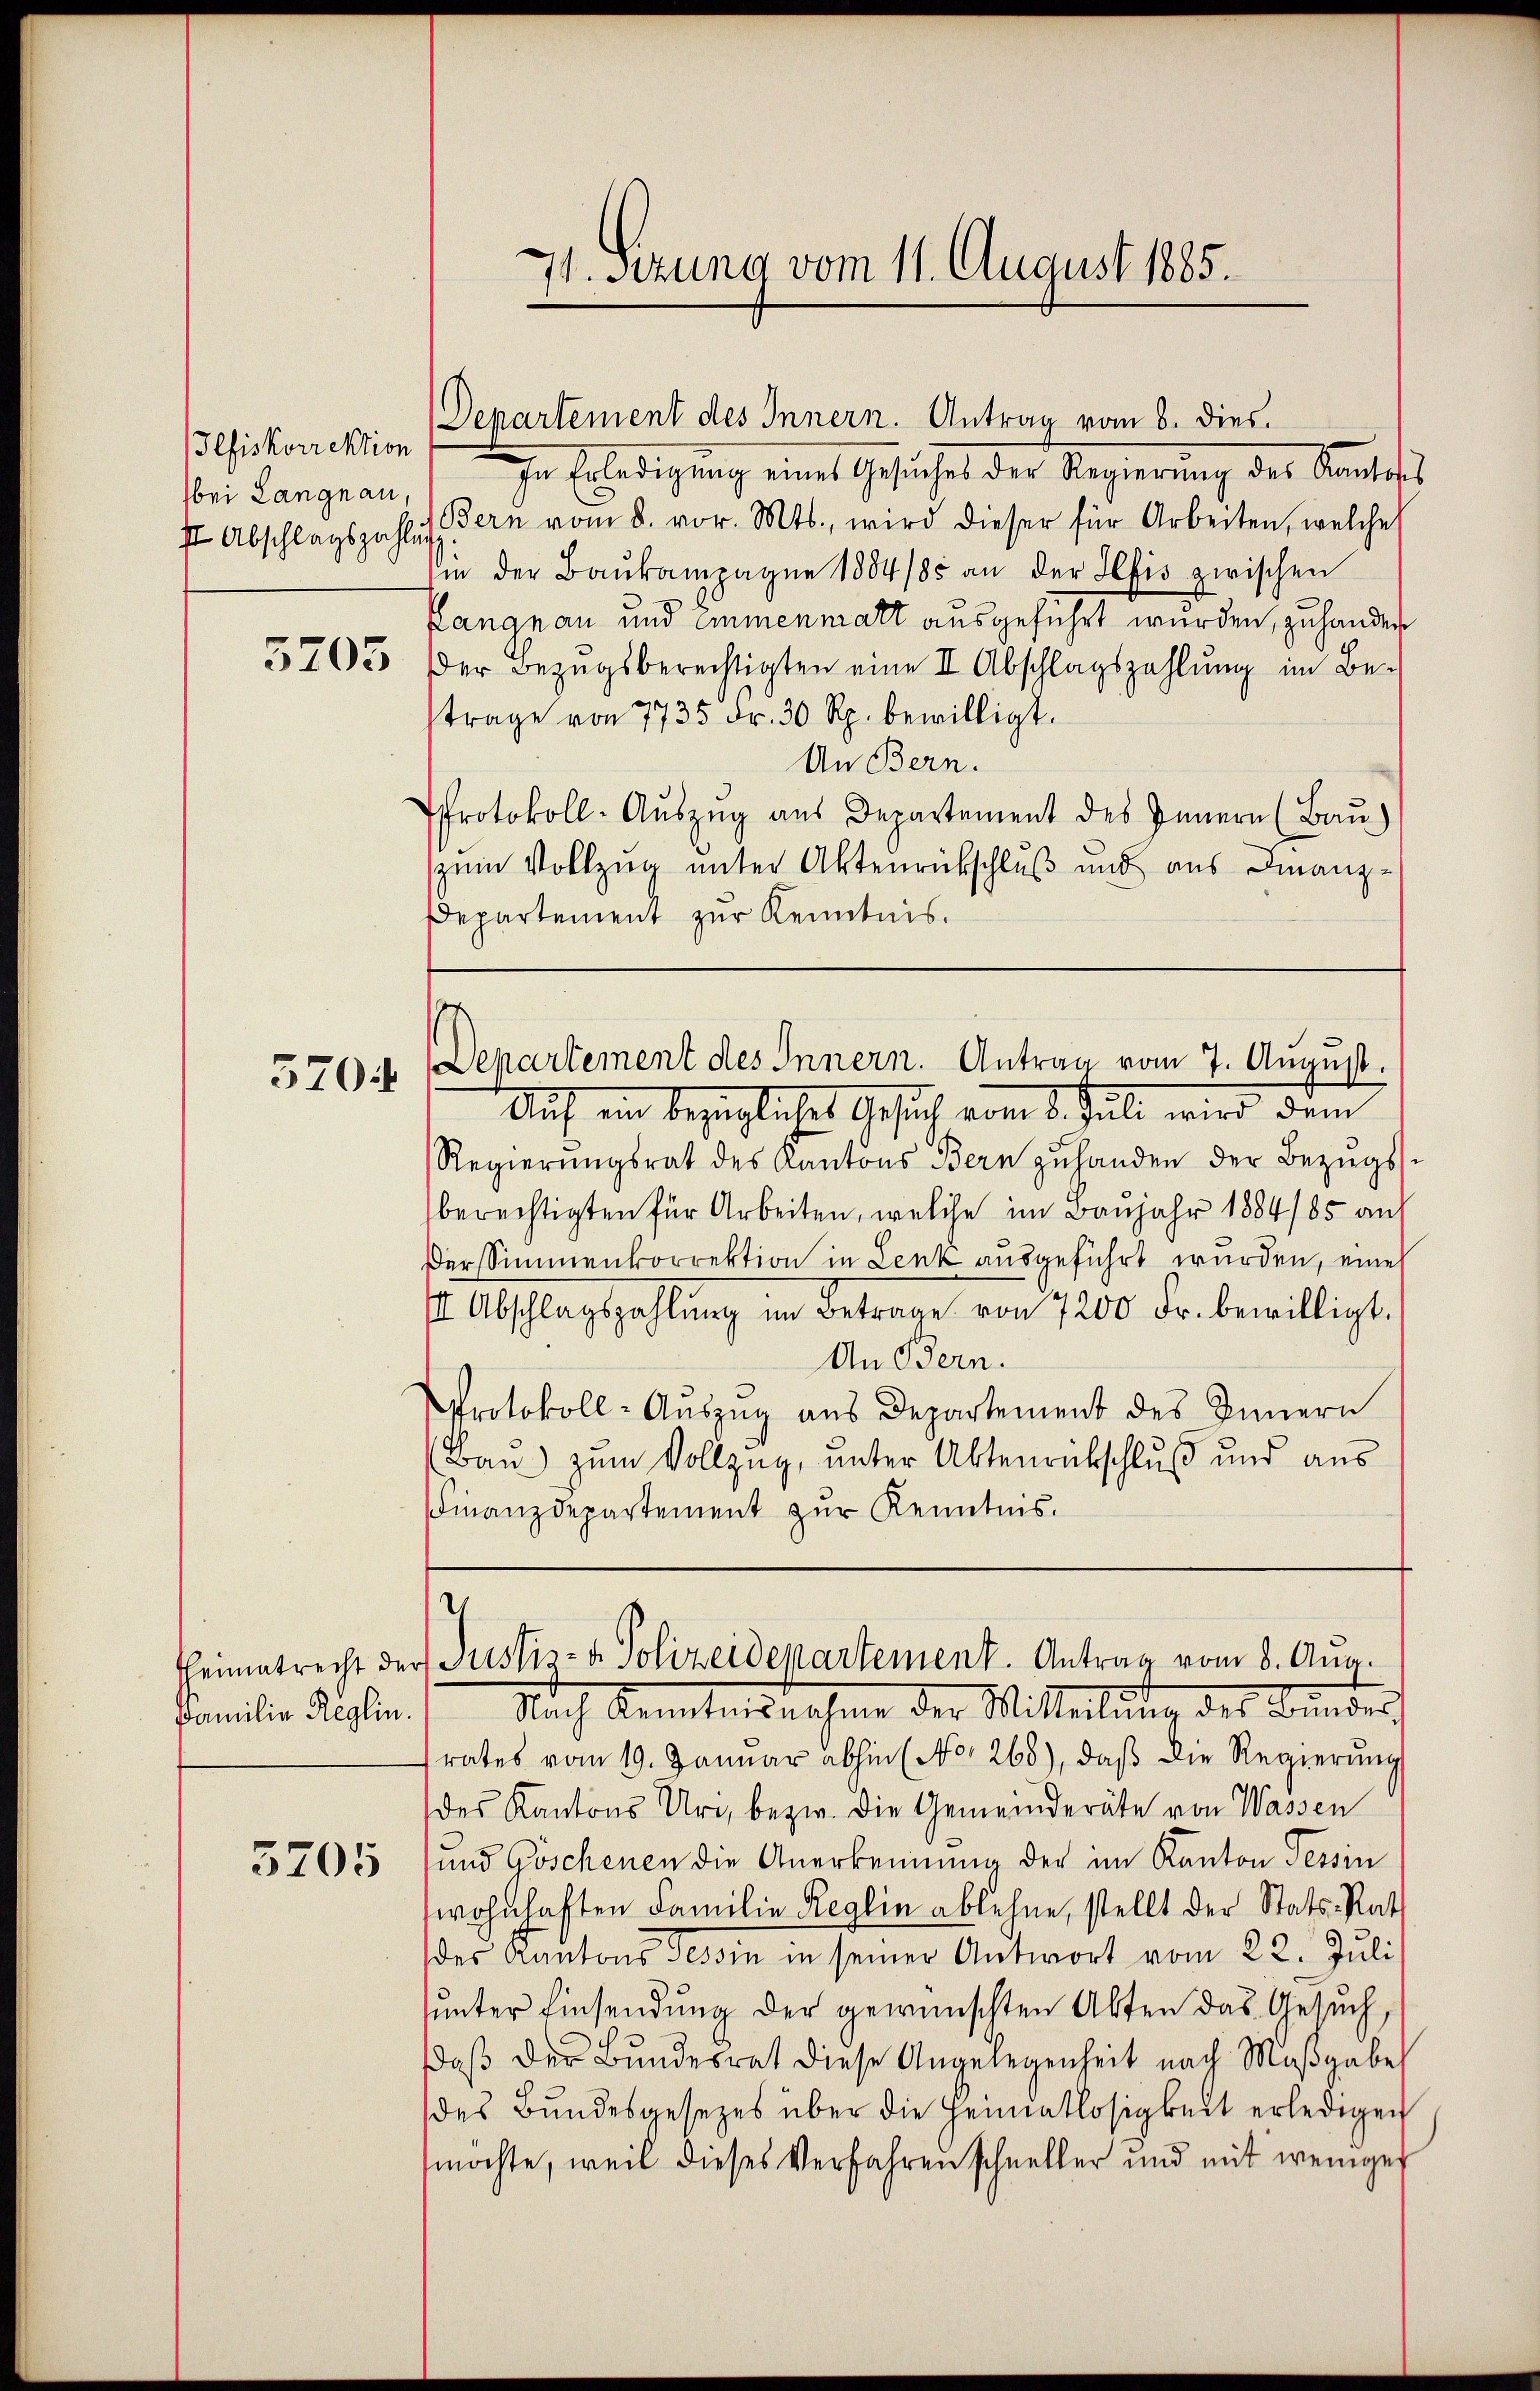
Ilfiskorrektion
bei Langnau,

5705

5704

Heimatrecht der
Familie Reglin.

5705

71. Sizung vom 11. August 1885.

Departement des Innern. Antrag vom 8. dies
In Erledigung eines Gesuches der Regierung des Kanton
st Abschlagszahlen Bern vom 8. vor. Mts., wird dieser für Arbeiten, welches
in der Baŭkampagne 1884/85 an der Iltis zwischen
Langnau und Emmenmatt ausgeführt wurden, zu hander
er Bezugsberechtigten eine II Abschlagszahlung im Betrage von 7735 Fr. 30 Rp. bewilligt.
An Bern.
Protokoll-Aŭszŭg aŭs Departement des Innern (Bau)
zum Vollzug unter Aktenrückschluß und aus Finanz¬
Departement zur Kenntnis.
1
Departement des Innern. Antrag vom 7. August.
Auf ein bezügliches Gesuch vom 8. Juli wird dem
Regierŭngsrat des Kantons Bern zŭ handen der Bezugs
berechtigten für Arbeiten, welche im Baujahr 1884/85 auf
Der Simmenkorrektion in Lenk ausgeführt wurden, eine
II Abschlagszahlŭng im Betrage von 7200 Fr. bewilligt.
An Bern.
Protokoll-Auszug aus Departement des Innern
Bau) zum Vollzug, unter Aktenrückschluß und aus
Finanzdepartement zur Kenntnis.

u
r Justiz- & Polizeidepartement. Antrag vom 8. Aug.

Nach Kenntnisnahme der Mittheilung des Bunder,
rates vom 19. Januar abhin (No. 268), daβ die Regierŭng
des Kantons Uri, bezw. die Gemeinderäte von Wassen
und Göschenen die Anerkennung der im Kanton Tessin
wohnhaften Familie Reglin ablehne, stellt der Stats-Rat
des Kantons Tessin in seiner Antwort vom 22. Juli
unter Einsendung der gewünschten Akten das Gesuch,
daß der Bundesrat diese Angelegenheit nach Maßgabe
des Bundesgesezes über die Heimatlosigkeit erledigen
möchte, weil dieses Verfahren schneller und mit weniger